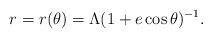
LaTeX: \begin{align*}r = r(\theta ) = \Lambda (1+e \cos \theta )^{-1}. \end{align*}